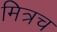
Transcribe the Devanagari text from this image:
मित्रच